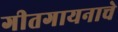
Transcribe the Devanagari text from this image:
गीतगायनाचे